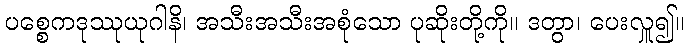
ပစ္စေကဒုဿုယုဂါနိ၊ အသီးအသီးအစုံသော ပုဆိုးတို့ကို။ ဒတွာ၊ ပေးလှူ၍။